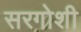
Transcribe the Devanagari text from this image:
सरगोशी